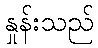
နှုန်းသည်